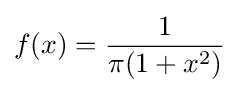
f(x)={1 \over \pi (1+x^{2})}